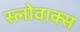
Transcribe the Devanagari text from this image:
स्लोवाक्स